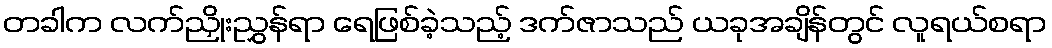
တခါက လက်ညှိုးညွှန်ရာ ရေဖြစ်ခဲ့သည့် ဒက်ဇာသည် ယခုအချိန်တွင် လူရယ်စရာ